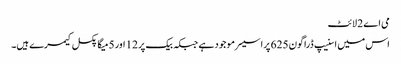
می اے 2 لائٹ
اس میں اسنیپ ڈراگون 625 پراسیسر موجود ہے جبکہ بیک پر 12 اور 5 میگا پکسل کیمرے ہیں۔